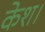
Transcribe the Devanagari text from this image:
केश।